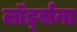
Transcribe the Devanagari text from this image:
लॉर्ड्सना